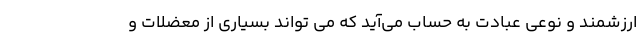
ارزشمند و نوعی عبادت به حساب می‌آید که می تواند بسیاری از معضلات و